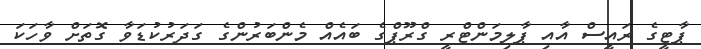
ޕާޓީގެ ރައީސް އާއި ޕާލިމަންޓްރީ ގްރޫޕްގެ ބައެއް މެންބަރުންގެ ގަދަރުކުޑަވާ ގޮތަށް ވާހަކަ